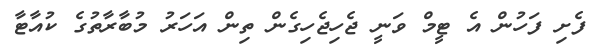
ފެށި ފަހުން އެ ޓީމް ވަނީ ޖެހިޖެހިގެން ތިން އަހަރު މުބާރާތުގެ ކުއާޓާ